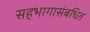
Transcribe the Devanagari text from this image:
सहभागासंबधित